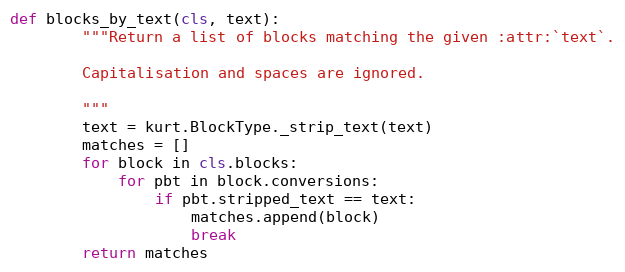
Language: Python
def blocks_by_text(cls, text):
        """Return a list of blocks matching the given :attr:`text`.

        Capitalisation and spaces are ignored.

        """
        text = kurt.BlockType._strip_text(text)
        matches = []
        for block in cls.blocks:
            for pbt in block.conversions:
                if pbt.stripped_text == text:
                    matches.append(block)
                    break
        return matches